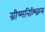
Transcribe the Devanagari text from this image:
ग्रीष्मनिश्ष्क्रिय